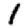
Digit: 1